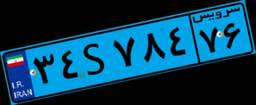
۳۴S۷۸۴۷۶